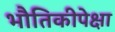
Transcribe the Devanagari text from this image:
भौतिकीपेक्षा